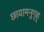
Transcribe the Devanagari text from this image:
छायामनुगृह्